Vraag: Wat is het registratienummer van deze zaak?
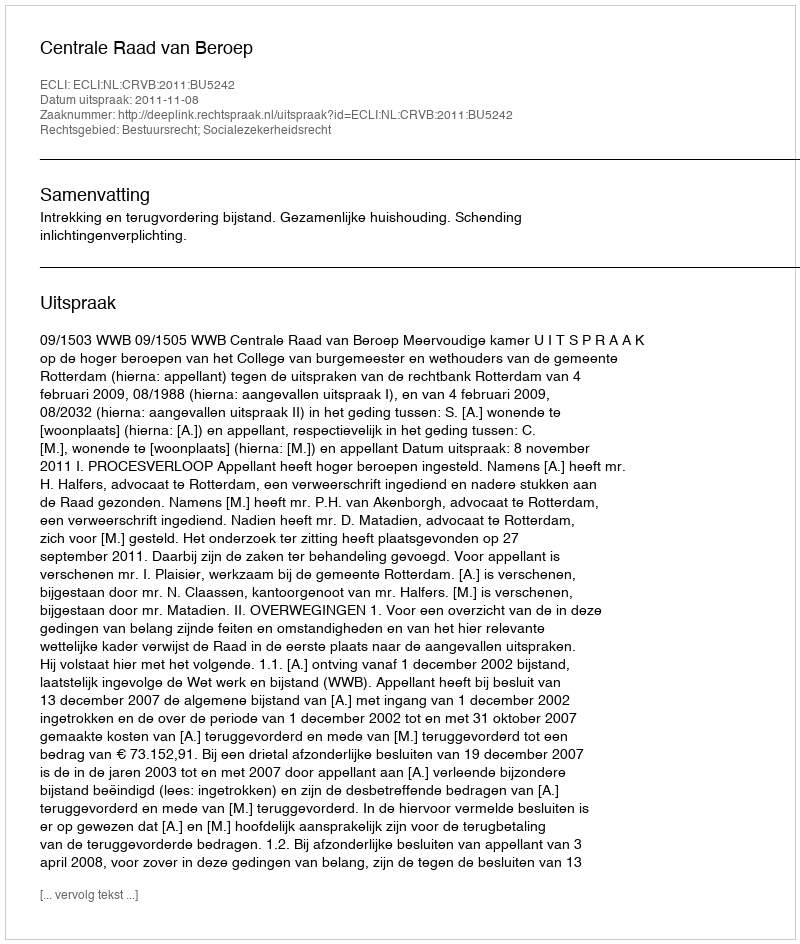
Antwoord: http://deeplink.rechtspraak.nl/uitspraak?id=ECLI:NL:CRVB:2011:BU5242